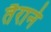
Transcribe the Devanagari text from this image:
तैराने